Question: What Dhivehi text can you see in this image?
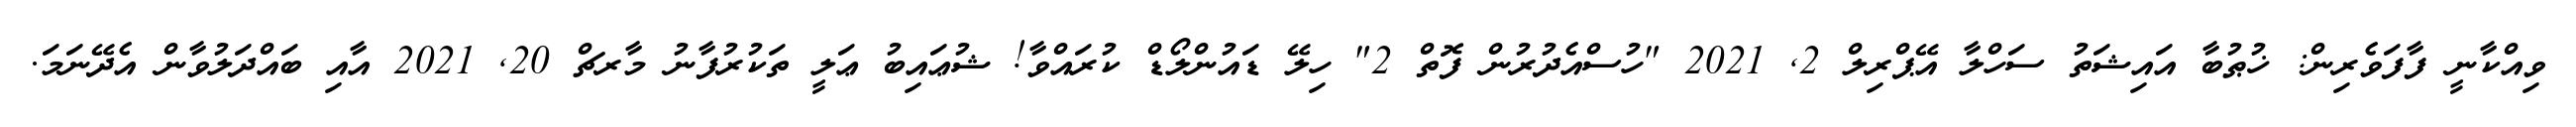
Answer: ވިއްކާނީ ފާފަވެރިން: ޚުޠުބާ އައިޝަތު ސަހްލާ އޭޕްރިލް 2, 2021 "ހުސްއެދުރުން ފޮތް 2" ހިލޭ ޑައުންލޯޑް ކުރައްވާ! ޝުޢައިބު ޢަލީ ތަކުރުފާނު މާރޗް 20, 2021 އާއި ބައްދަލުވާން އެދޭނަމަ.